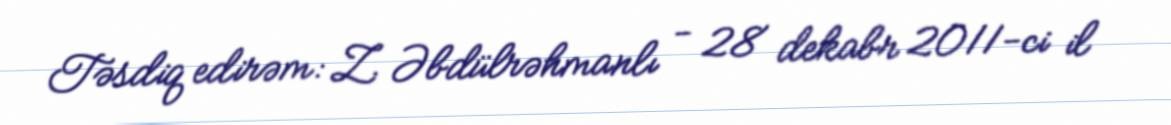
Təsdiq edirəm: Z. Əbdülrəhmanlı - 28 dekabr 2011-ci il